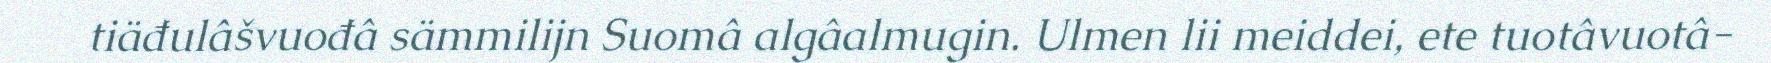
tiäđulâšvuođâ sämmilijn Suomâ algâalmugin. Ulmen lii meiddei, ete tuotâvuotâ-